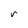
Character: r